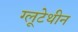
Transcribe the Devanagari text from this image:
ग्लूटेथीन